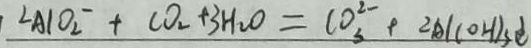
^ { 2 } A l O _ { 2 } ^ { - } + C O _ { 2 } + 3 H _ { 2 } O = C O _ { 3 } ^ { 2 - } + 2 A l ( O H ) _ { 3 } \downarrow